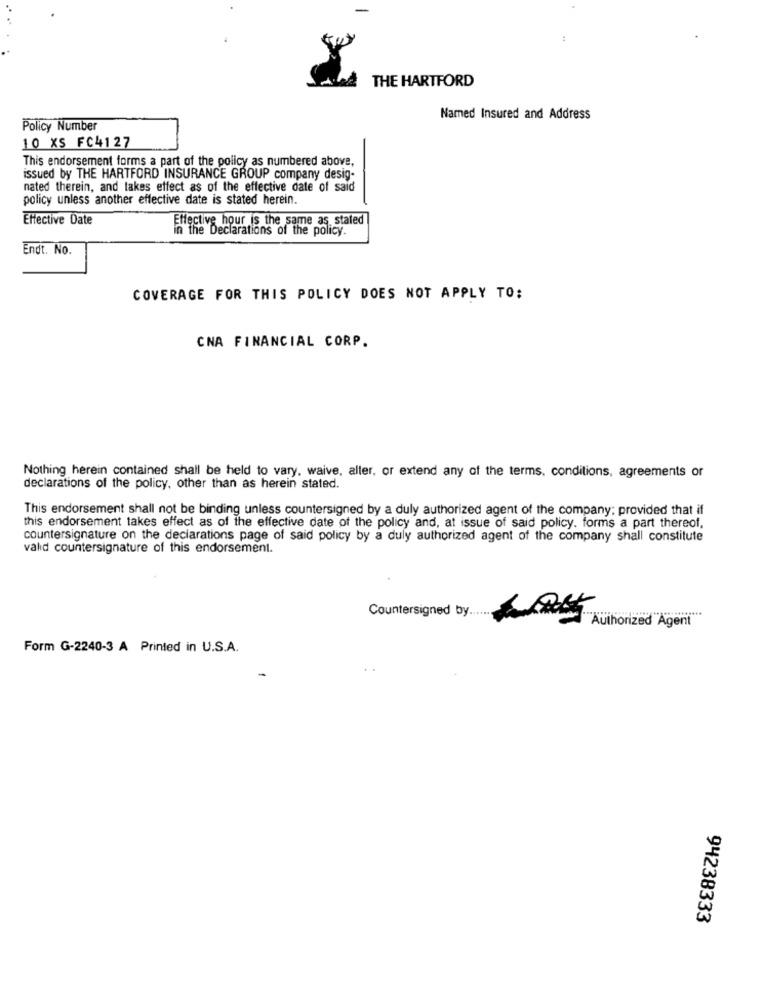
:
THE HARTFORD
Named Insured and Address
Policy Number
10 XS FC4127
This endorsement forms a part of the policy as numbered above,
issued by THE HARTFORD INSURANCE GROUP company desig-
nated therein, and takes effect as of the effective date of said
policy unless another effective date is stated herein.
Effective Date
Effective hour is the same as, stated
in the Declarations of the policy.
Endt. No.
COVERAGE FOR THIS POLICY DOES NOT APPLY TO:
CNA FINANCIAL CORP.
Nothing herein contained shall be held to vary, waive, alter, or extend any of the terms. conditions, agreements or
declarations of the policy, other than as herein stated.
This endorsement shall not be binding unless countersigned by a duly authorized agent of the company; provided that if
this endorsement takes effect as of the effective date of the policy and, at issue of said policy. forms a part thereof,
countersignature on the declarations page of said policy by a duly authorized agent of the company shall constitute
vald countersignature of this endorsement.
Countersigned by.
Form G-2240-3 A Printed in U.S.A.
94238333